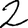
Digit: 2